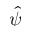
\hat { \psi }